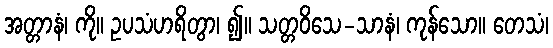
အတ္တာနံ၊ ကို။ ဥပသံဟရိတွာ၊ ၍။ သတ္တဝိသေ-သာနံ၊ ကုန်သော။ တေသံ၊